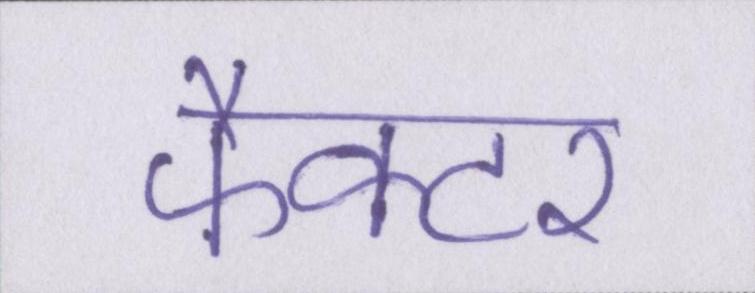
फैक्टर